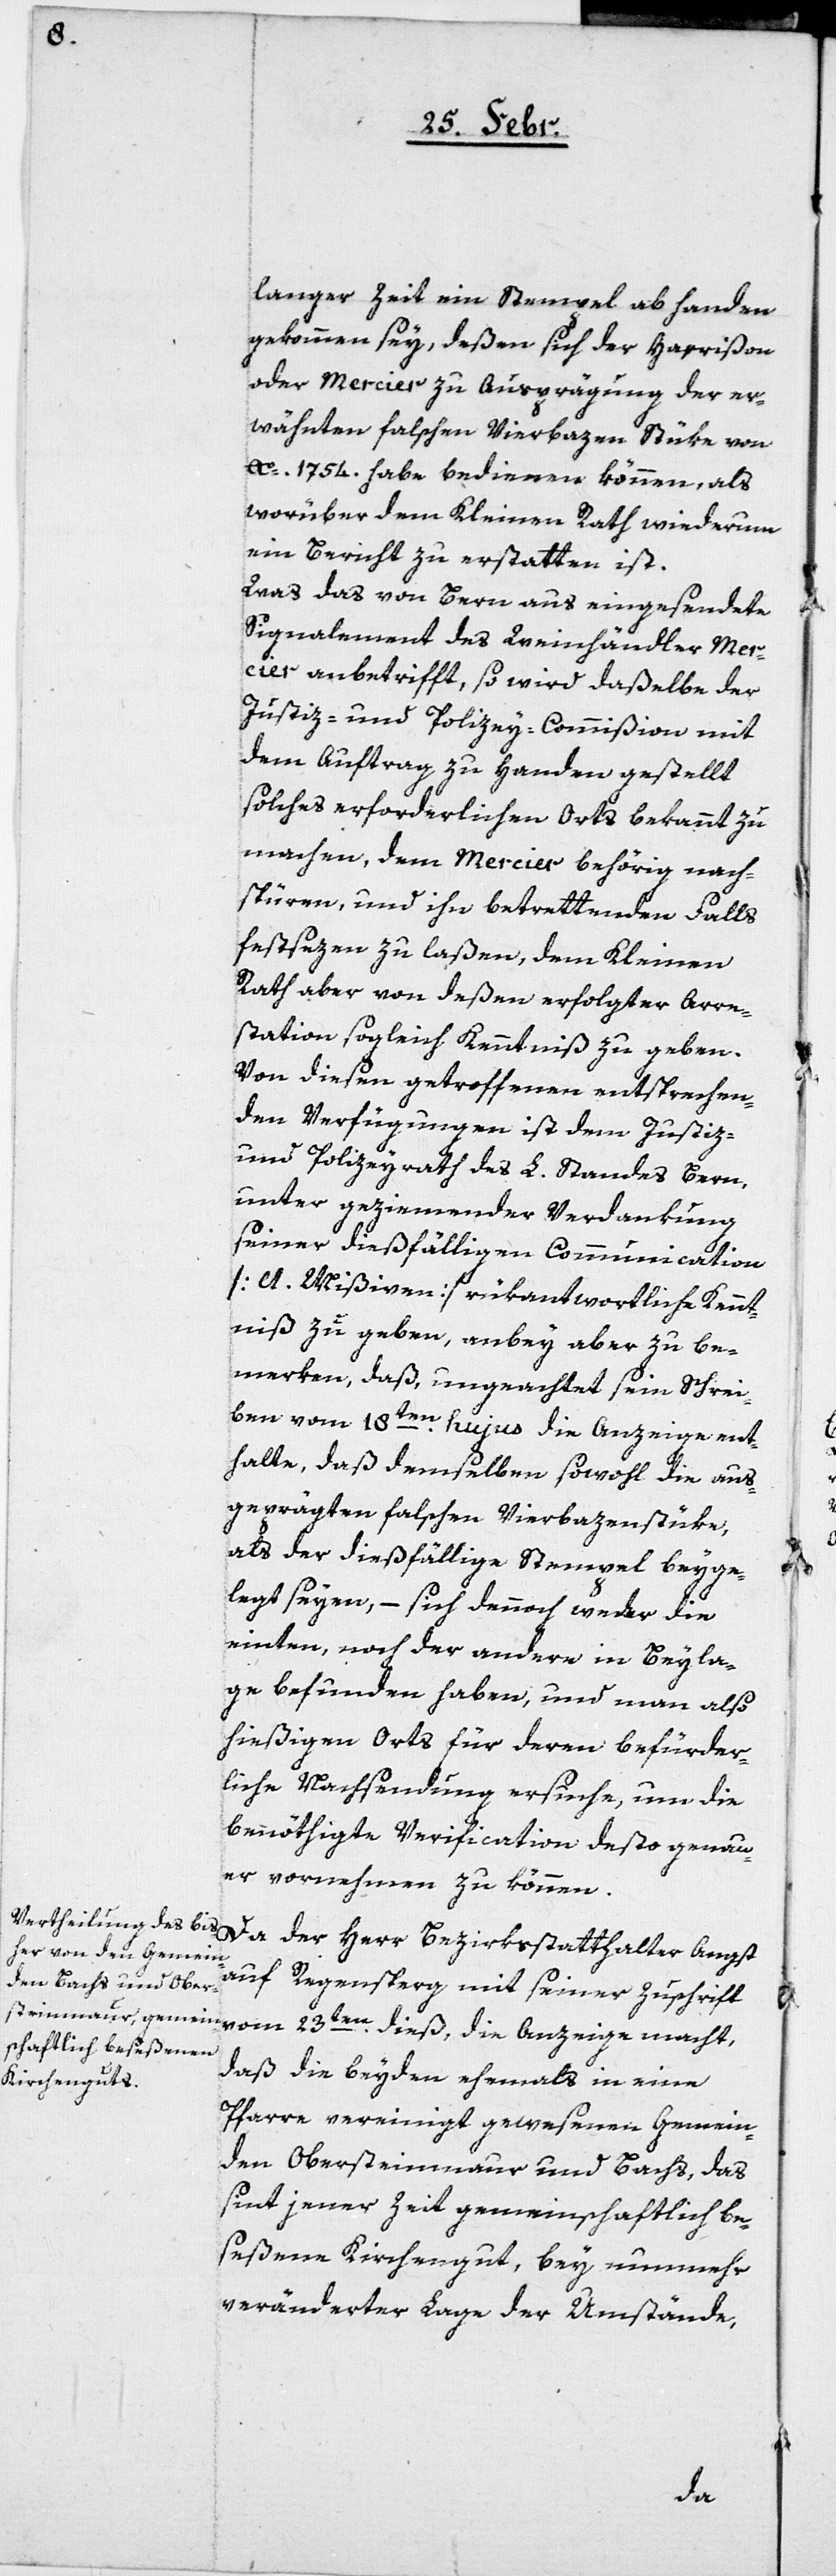
langer Zeit ein Stempel ab handen
gekommen sey, deßen sich der Harrißon
oder Mercier zu Ausprägung der er¬
wähnten falschen Vierbazen-Stüke von
Ao. 1754. habe bedienen können, als
worüber dem Kleinen Rath wiederum
ein Bericht zu erstatten ist.
Was das von Bern aus eingesendete
Signalement des Weinhändler Mer¬
cier anbetrifft, so wird daßelbe der
Justiz- und Polizey-Commißion mit
dem Auftrag zu Handen gestellt
solches erforderlichen Orts bekannt zu
machen, dem Mercier behörig nach¬
spüren, und ihn betrettenden Falls
festsezen zu laßen, dem Kleinen
Rath aber von deßen erfolgter Arre¬
station sogleich Kenntniß zu geben.
Von diesen getroffenen entsprechen¬
den Verfügungen ist dem Justiz-
und Polizeyrath des L. Standes Bern,
unter geziemender Verdankung
seiner dießfälligen Communication
[lt. Mißiven] rükantwortliche Kennt¬
niß zu geben, anbey aber zu be¬
merken, daß, ungeachtet sein Schrei¬
ben vom 18ten hujus die Anzeige ent¬
halte, daß demselben sowohl die aus¬
geprägten falschen Vierbazenstüke,
als der dießfällige Stempel beyge¬
legt seyen, – sich dennoch weder die
einten, noch der andere in Beyla¬
ge befunden haben, und man also
hießigen Orts für deren befürder¬
liche Nachsendung ersuche, um die
benöthigte Verification desto genau¬
er vornehmen zu können.
Da der Herr Bezirksstatthalter Angst
auf Regensberg mit seiner Zuschrift
vom 23ten dieß, die Anzeige macht,
daß die beyden ehemals in eine
Pfarre vereinigt gewesenen Gemein¬
den Obersteinmaur und Bachs, das
seit jener Zeit gemeinschaftlich be¬
seßene Kirchengut, bey nunmehr
veränderter Lage der Umstände,